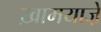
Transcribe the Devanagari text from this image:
ख़ामयाजे़